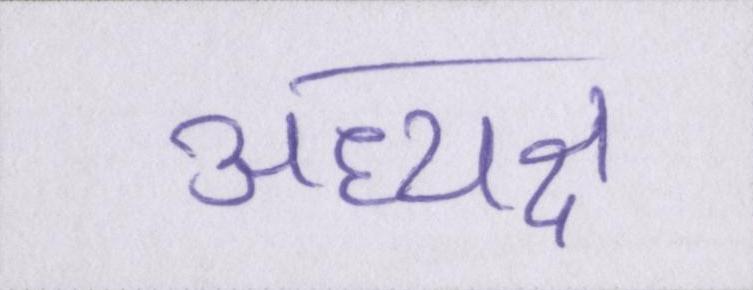
अध्यक्ष